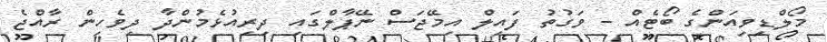
މޯލްޑިވިއަންގެ ބޯޓެއް - ވަގުތު ފައިލް އިމޭޖަސް ނޭޕާލްގައި ދިރިއުޅެމުންދާ ދިވެހިން ރާއްޖެ